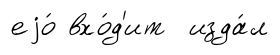
еjо́ вхо́д'ит изда́л